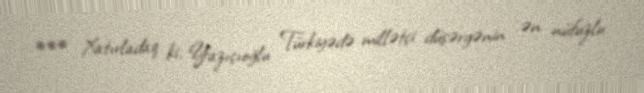
*** Xatırladaq ki, Yazıçıoğlu Türkiyədə millətçi düşərgənin ən nüfuzlu